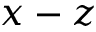
x - z